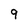
Character: 9